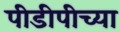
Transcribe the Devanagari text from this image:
पीडीपीच्या